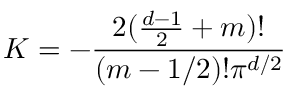
K = - \frac { 2 ( \frac { d - 1 } { 2 } + m ) ! } { ( m - 1 / 2 ) ! \pi ^ { d / 2 } }